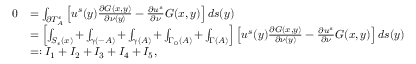
\begin{array} { r l } { 0 } & { = \int _ { \partial T _ { A } ^ { \epsilon } } \left[ u ^ { s } ( y ) \frac { \partial G ( x , y ) } { \partial \nu ( y ) } - \frac { \partial u ^ { s } } { \partial \nu } G ( x , y ) \right] d s ( y ) } \\ & { = \left[ \int _ { S _ { \epsilon } ( x ) } + \int _ { \gamma ( - A ) } + \int _ { \gamma ( A ) } + \int _ { \Gamma _ { 0 } ( A ) } + \int _ { \Gamma ( A ) } \right] \left[ u ^ { s } ( y ) \frac { \partial G ( x , y ) } { \partial \nu ( y ) } - \frac { \partial u ^ { s } } { \partial \nu } G ( x , y ) \right] d s ( y ) } \\ & { = : I _ { 1 } + I _ { 2 } + I _ { 3 } + I _ { 4 } + I _ { 5 } , } \end{array}